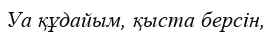
Уа құдайым, қыста берсін,